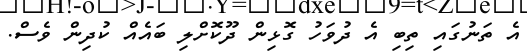
އެ ތަނުގައި ތިބި އެ ދުވަހު ގޮޅިން ދޫކޮށްލި ބައެއް ކުދިން ވެސް.